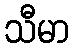
သီမာ